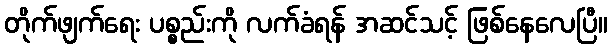
တိုက်ဖျက်ရေး ပစ္စည်းကို လက်ခံရန် အဆင်သင့် ဖြစ်နေလေပြီ။